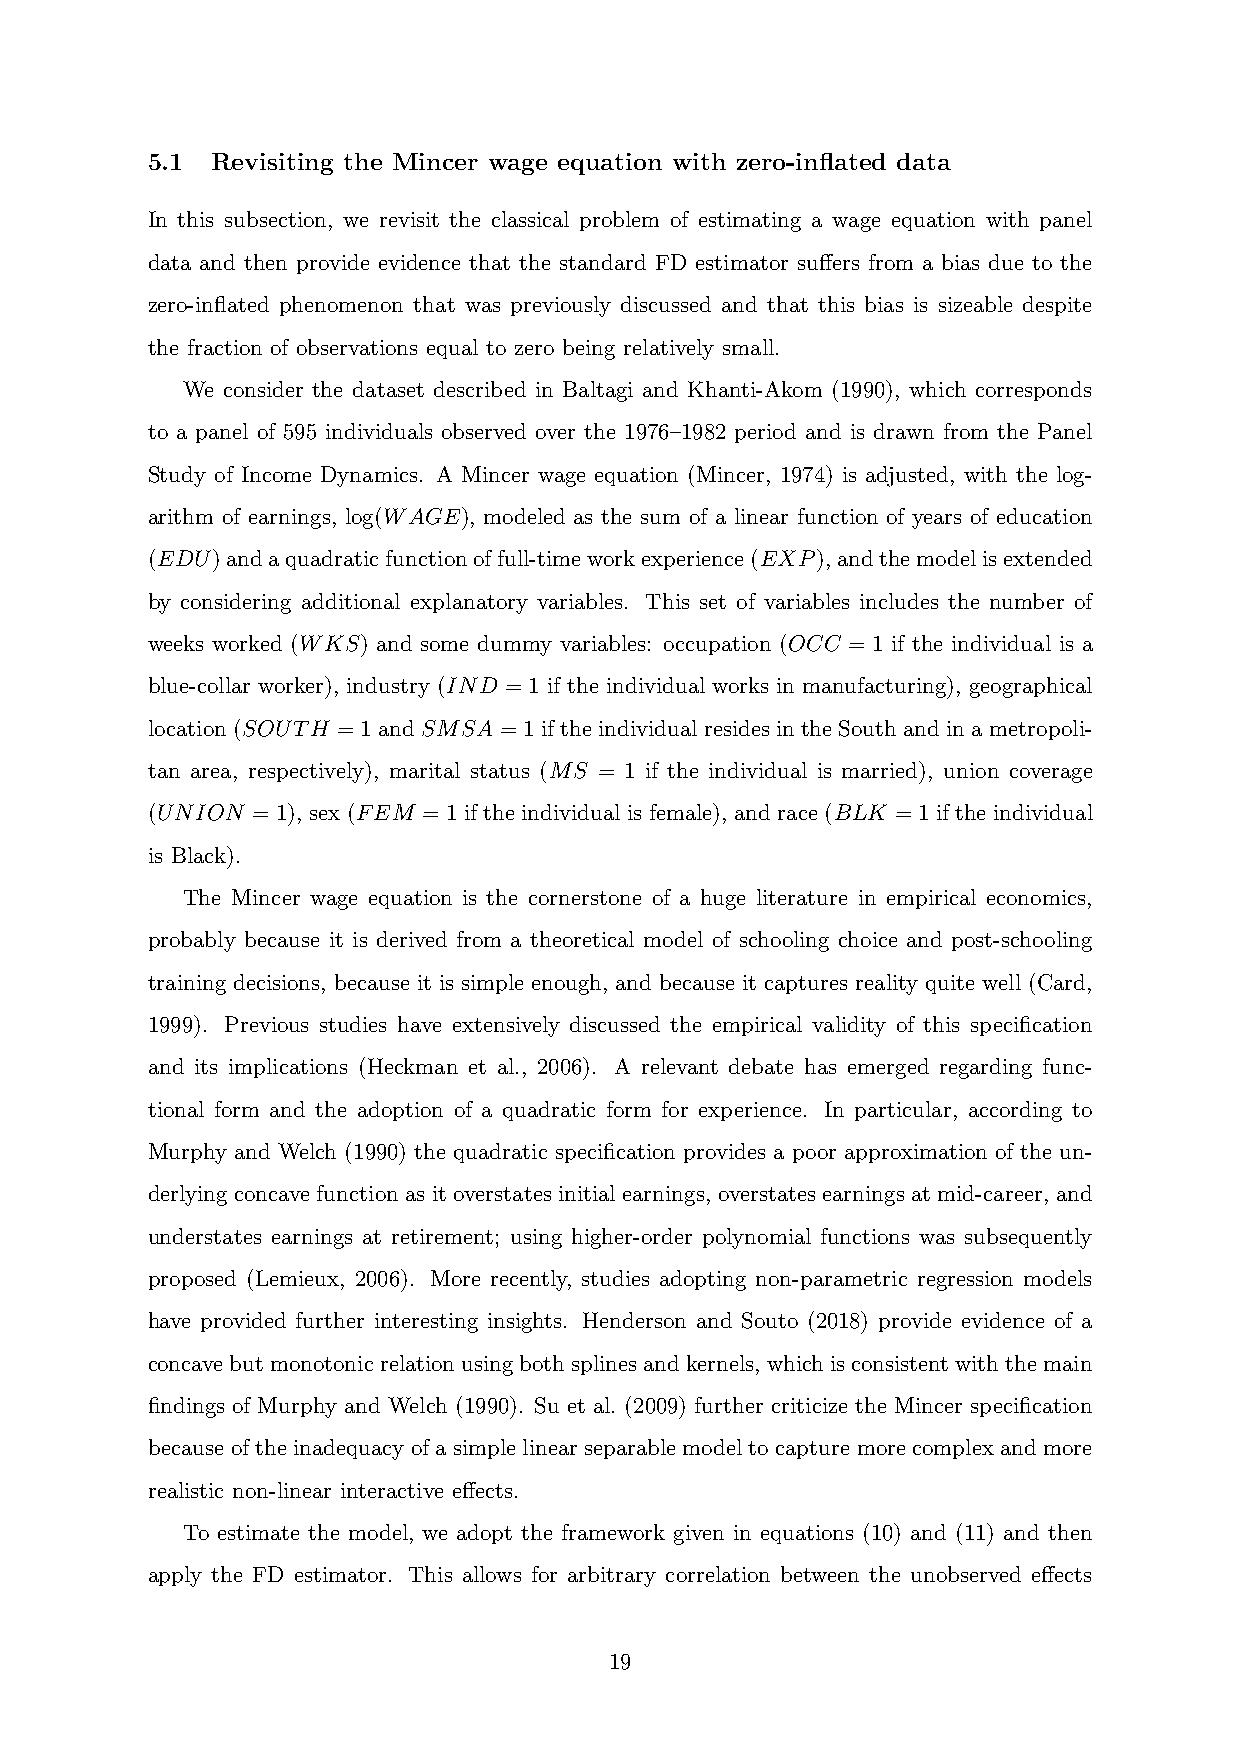
5.1 Revisiting the Mincer wage equation with zero-inflated data
 In this subsection, we revisit the classical problem of estimating a wage equation with panel
 data and then provide evidence that the standard FD estimator suffers from a bias due to the
 zero-inflated phenomenon that was previously discussed and that this bias is sizeable despite
 the fraction of observations equal to zero being relatively small.
 We consider the dataset described in Baltagi and Khanti-Akom (1990), which corresponds
 to a panel of 595 individuals observed over the 1976–1982 period and is drawn from the Panel
 Study of Income Dynamics. A Mincer wage equation (Mincer, 1974) is adjusted, with the log-
 arithm of earnings, log(WAGE), modeled as the sum of a linear function of years of education
 (EDU)andaquadraticfunctionoffull-timeworkexperience(EXP),andthemodelisextended
 by considering additional explanatory variables. This set of variables includes the number of
 weeks worked (WKS) and some dummy variables: occupation (OCC = 1 if the individual is a
 blue-collar worker), industry (IND = 1 if the individual works in manufacturing), geographical
 location (SOUTH = 1 and SMSA = 1 if the individual resides in the South and in a metropoli-
 tan area, respectively), marital status (MS = 1 if the individual is married), union coverage
 (UNION = 1), sex (FEM = 1 if the individual is female), and race (BLK = 1 if the individual
 is Black).
 The Mincer wage equation is the cornerstone of a huge literature in empirical economics,
 probably because it is derived from a theoretical model of schooling choice and post-schooling
 training decisions, because it is simple enough, and because it captures reality quite well (Card,
 1999). Previous studies have extensively discussed the empirical validity of this specification
 and its implications (Heckman et al., 2006). A relevant debate has emerged regarding func-
 tional form and the adoption of a quadratic form for experience. In particular, according to
 Murphy and Welch (1990) the quadratic specification provides a poor approximation of the un-
 derlying concave function as it overstates initial earnings, overstates earnings at mid-career, and
 understates earnings at retirement; using higher-order polynomial functions was subsequently
 proposed (Lemieux, 2006). More recently, studies adopting non-parametric regression models
 have provided further interesting insights. Henderson and Souto (2018) provide evidence of a
 concavebutmonotonicrelationusingbothsplinesandkernels, whichisconsistentwiththemain
 findings of Murphy and Welch (1990). Su et al. (2009) further criticize the Mincer specification
 because of the inadequacy of a simple linear separable model to capture more complex and more
 realistic non-linear interactive effects.
 To estimate the model, we adopt the framework given in equations (10) and (11) and then
 apply the FD estimator. This allows for arbitrary correlation between the unobserved effects
 19